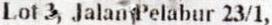
LOT 3, JALAN PELABUR 23/1,